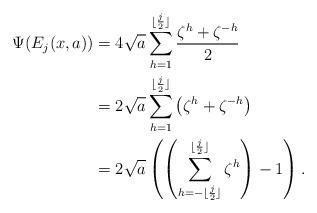
LaTeX: \begin{align*} \Psi(E_j(x, a)) &= 4\sqrt{a} \sum_{h = 1}^{\lfloor\frac{j}{2}\rfloor} \frac{\zeta^h + \zeta^{-h}}{2}\\ &= 2\sqrt{a} \sum_{h = 1}^{\lfloor\frac{j}{2}\rfloor} \left(\zeta^h + \zeta^{-h}\right)\\ &= 2\sqrt{a} \left( \left( \sum_{h = -\lfloor\frac{j}{2}\rfloor}^{\lfloor\frac{j}{2}\rfloor}\zeta^h \right) - 1 \right) . \end{align*}